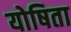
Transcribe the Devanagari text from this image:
योषिता